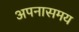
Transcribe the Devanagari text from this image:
अपनासमय